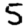
Digit: 5